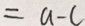
= a - c